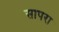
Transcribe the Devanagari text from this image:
सापरा